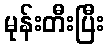
မုန်းတီးပြီး